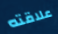
علاقته